system: You are a helpful assistant.
user:
Analyze the provided spectrum to determine if it is a **M-type Giant (gM)**.

A M-type Giant spectrum is defined by its **strong molecular absorption** features, particularly from **Titanium Oxide (TiO)**. You must check for one of the following mutually exclusive signatures:

- **Key Visual Indicators (Absorption-Dominated Spectrum):**

    - **(Primary):** The spectrum is dominated by strong molecular absorption from **Titanium Oxide (TiO)**. This is the **defining feature** of its M-type temperature class.
        - **(Key Bandheads):** Look for sharp, "saw-tooth" absorption valleys. The strongest are located near **~7050 Å**, **~6160 Å**, and **~5170 Å**.
        - **(Line Profile):** The "saw-tooth" morphology is critical: a **sharp, steep drop on the BLUE (short-wavelength) side** of the bandhead, followed by a gradual recovery (rising flux) towards the RED (long-wavelength) side.

    - **(Key Confirmation - Giant vs. Dwarf):** **ABSENCE** of strong **Calcium Hydride (CaH)** molecular bands. This is the primary diagnostic for *excluding* M-dwarfs.
        - **(Key Region):** The spectrum should lack the strong, broad absorption band seen in dwarfs between **~6800 Å and ~7000 Å**.

    - **(Secondary Confirmation - Giant):** A very strong and broad **Neutral Calcium (Ca I)** atomic absorption line.
        - **(Key Line):** Located at **~4226 Å**. In a giant (gM), this line is significantly deeper and broader than the same line in an M-dwarf (dM) due to low surface gravity.

    - **(Overall Spectrum):**
        - The continuum is **extremely red-sloping** (i.e., flux is very low in the blue and rises dramatically towards the red).
        - The entire spectrum appears "chopped up" by the deep TiO bands.

Think first, call **spectral_visualization_tool** if needed to examine features in detail, then provide your final answer. Your response must adhere to the following strict rules:
1.  **Overall Structure:** Your response must follow the format `<think>...</think> <tool_call>...</tool_call> (if a tool is used) <answer>...</answer>`.
2.  **Tool Usage Constraint:** You may only make **one** tool call per turn.
3.  **Final Answer Format:** In the `<answer>` tag, your conclusion must be inside a `\boxed{}` command (e.g., `\boxed{YES}` or `\boxed{NO}`), followed by your justification.

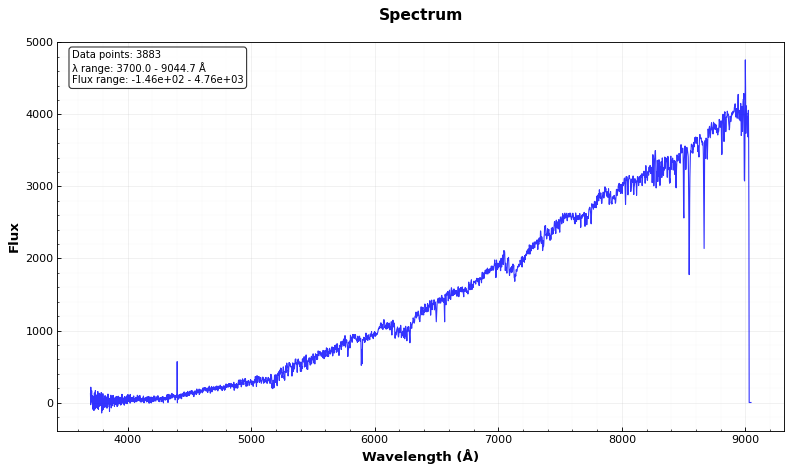
Answer: YES